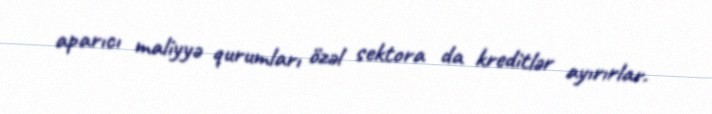
aparıcı maliyyə qurumları özəl sektora da kreditlər ayırırlar.